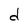
Character: d